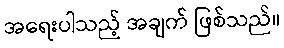
အရေးပါသည့် အချက် ဖြစ်သည်။